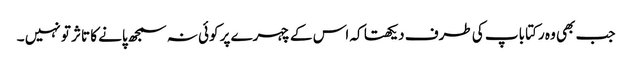
جب بھی وہ رکتا باپ کی طرف دیکھتا کہ اس کے چہرے پر کوئی نہ سمجھ پانے کا تاثر تو نہیں ۔